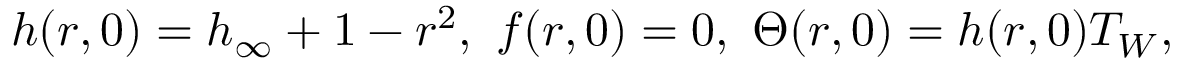
h ( r , 0 ) = h _ { \infty } + 1 - r ^ { 2 } , \ f ( r , 0 ) = 0 , \ \Theta ( r , 0 ) = h ( r , 0 ) T _ { W } ,